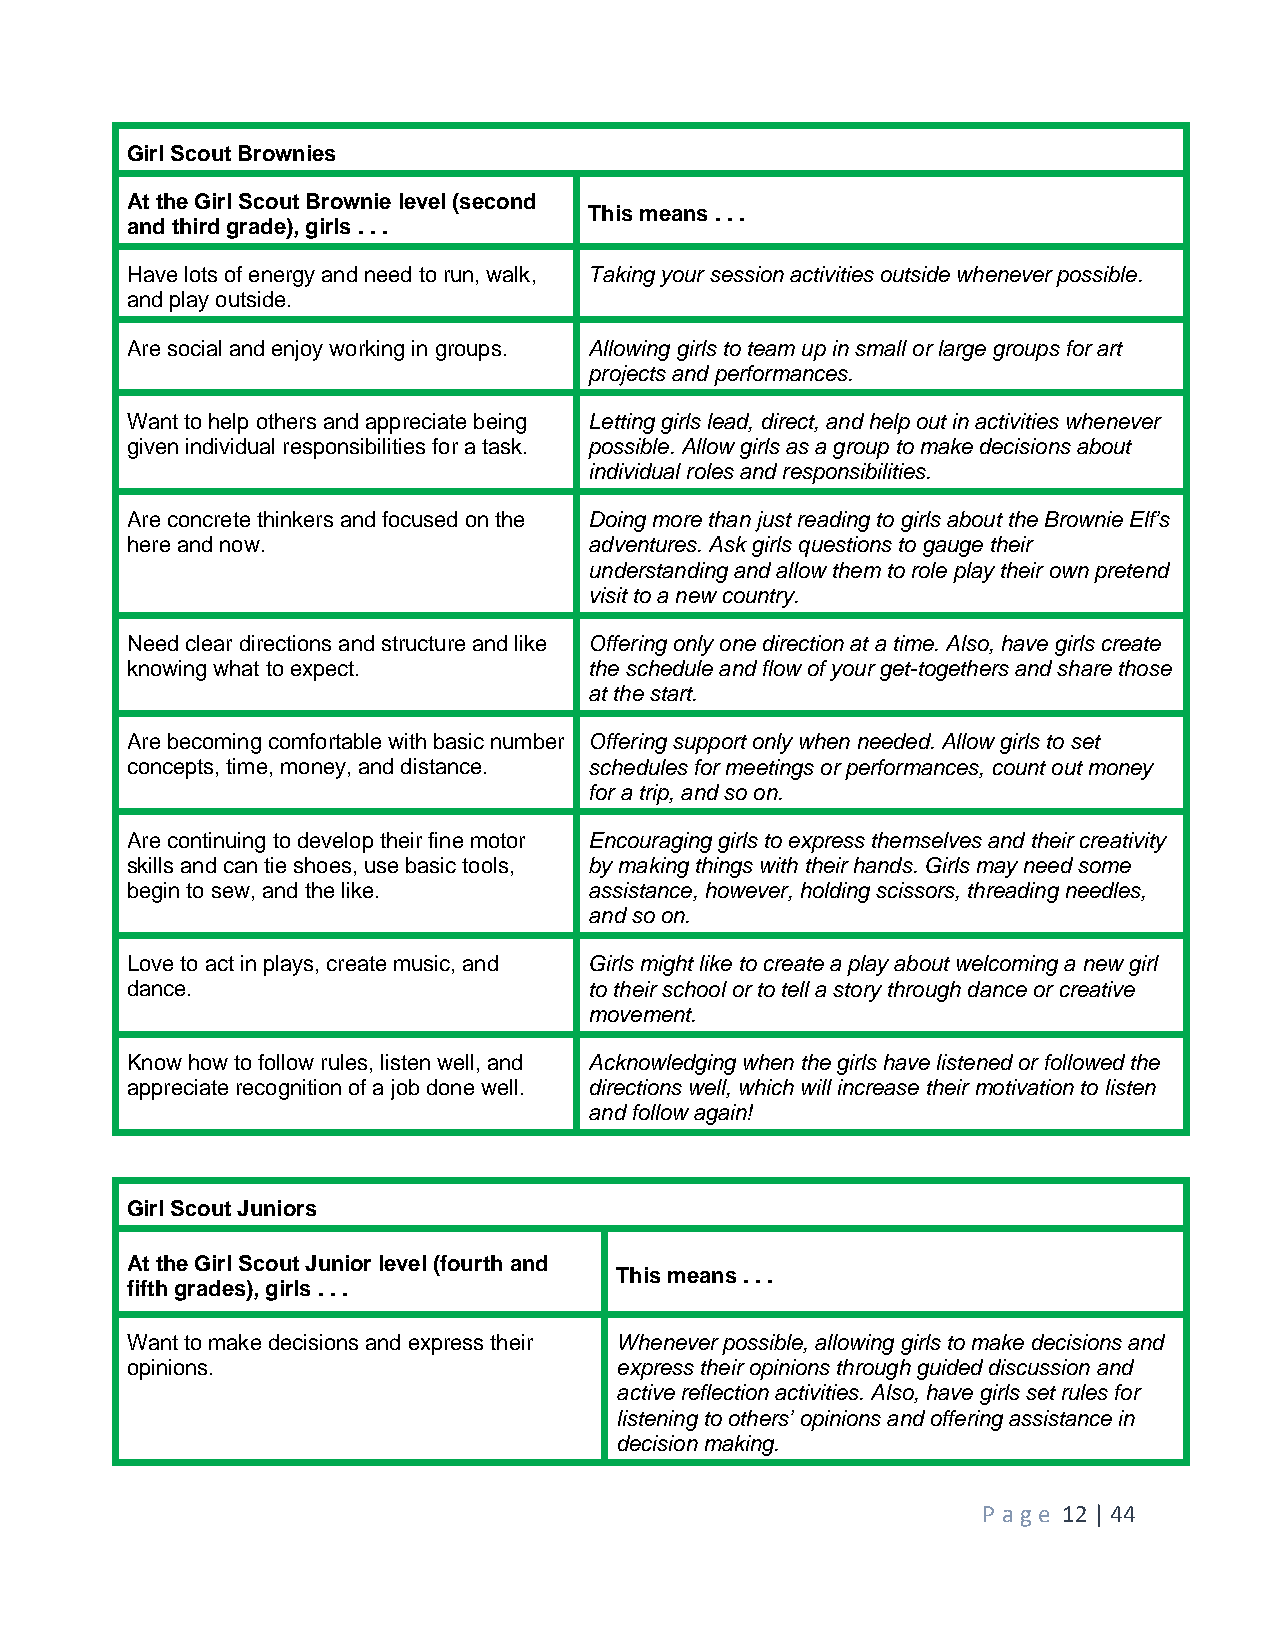
Girl Scout Brownies
 At the Girl Scout Brownie level (second
 This means . . .
 and third grade), girls . . .
 Have lots of energy and need to run, walk, Taking your session activities outside whenever possible.
 and play outside.
 Are social and enjoy working in groups. Allowing girls to team up in small or large groups for art
 projects and performances.
 Want to help others and appreciate being Letting girls lead, direct, and help out in activities whenever
 given individual responsibilities for a task. possible. Allow girls as a group to make decisions about
 individual roles and responsibilities.
 Are concrete thinkers and focused on the Doing more than just reading to girls about the Brownie Elf’s
 here and now.                  adventures. Ask girls questions to gauge their
 understanding and allow them to role play their own pretend
 visit to a new country.
 Need clear directions and structure and like Offering only one direction at a time. Also, have girls create
 knowing what to expect.        the schedule and flow of your get-togethers and share those
 at the start.
 Are becoming comfortable with basic number Offering support only when needed. Allow girls to set
 concepts, time, money, and distance. schedules for meetings or performances, count out money
 for a trip, and so on.
 Are continuing to develop their fine motor Encouraging girls to express themselves and their creativity
 skills and can tie shoes, use basic tools, by making things with their hands. Girls may need some
 begin to sew, and the like.    assistance, however, holding scissors, threading needles,
 and so on.
 Love to act in plays, create music, and Girls might like to create a play about welcoming a new girl
 dance.                         to their school or to tell a story through dance or creative
 movement.
 Know how to follow rules, listen well, and Acknowledging when the girls have listened or followed the
 appreciate recognition of a job done well. directions well, which will increase their motivation to listen
 and follow again!
 Girl Scout Juniors
 At the Girl Scout Junior level (fourth and
 This means . . .
 fifth grades), girls . . .
 Want to make decisions and express their Whenever possible, allowing girls to make decisions and
 opinions.                        express their opinions through guided discussion and
 active reflection activities. Also, have girls set rules for
 listening to others’ opinions and offering assistance in
 decision making.
 P age 12 | 44